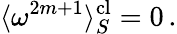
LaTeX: \langle\omega^{2m+1}\rangle_{S}^{\mathrm{cl}}=0\, .